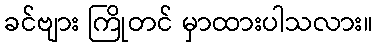
ခင်ဗျား ကြိုတင် မှာထားပါသလား။